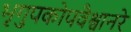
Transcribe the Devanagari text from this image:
भृगुपकोपवैश्वानरे